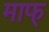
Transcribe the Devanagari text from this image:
माफ्